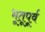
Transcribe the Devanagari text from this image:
भूतूपूर्व